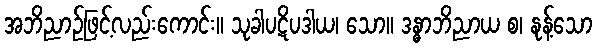
အဘိညာဉ်ဖြင့်လည်းကောင်း။ သုခါပဋိပဒါယ၊ သော။ ဒန္ဓာဘိညာယ စ၊ နုန့်သော